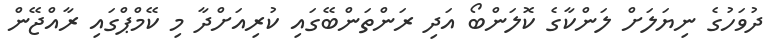
ދުވަހުގެ ނިޔަލަށް ލަންކާގެ ކޮލަންބޯ އަދި ރަންތަންބޭގައި ކުރިއަށްދާ މި ކޭމްޕްގައި ރާއްޖޭން